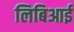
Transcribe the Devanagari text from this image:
लिबिआई